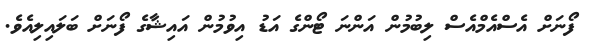
ފޯނަށް އެސްއެމްއެސް ލިބުމުން އަންނަ ޓޯންގެ އަޑު އިވުމުން އައިޝާގެ ފޯނަށް ބަލައިލިއެވެ.